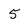
Character: 5